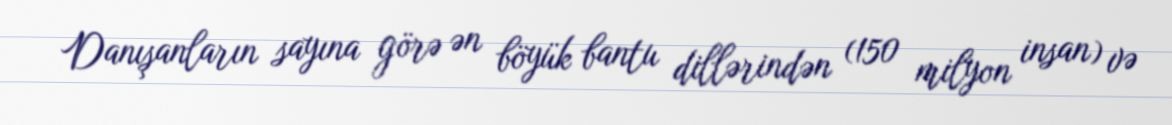
Danışanların sayına görə ən böyük bantu dillərindən (150 milyon insan) və